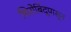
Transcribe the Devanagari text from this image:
शिरोबिंदूपासून